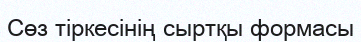
Сөз тіркесінің сыртқы формасы